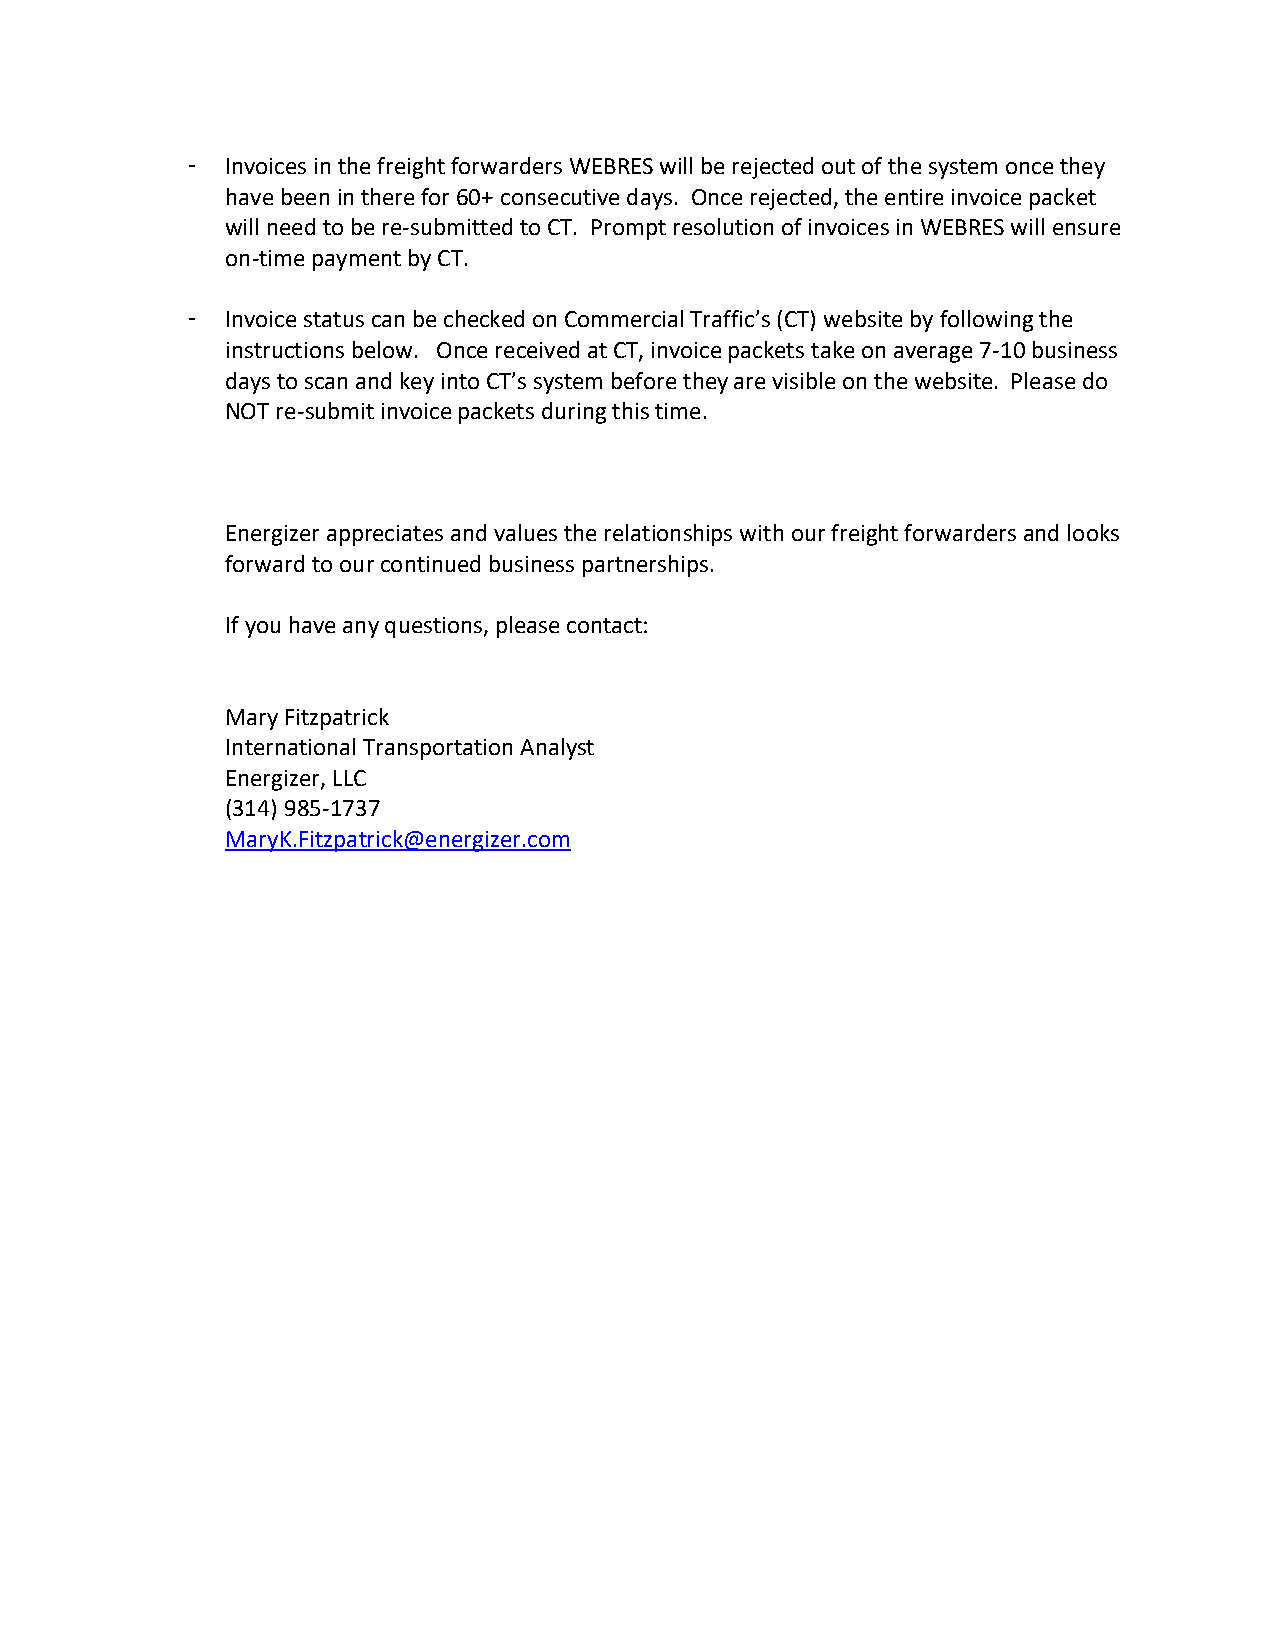
-  Invoices in the freight forwarders WEBRES will be rejected out of the system once they
 have been in there for 60+ consecutive days. Once rejected, the entire invoice packet
 will need to be re-submitted to CT. Prompt resolution of invoices in WEBRES will ensure
 on-time payment by CT.
 -  Invoice status can be checked on Commercial Traffic’s (CT) website by following the
 instructions below. Once received at CT, invoice packets take on average 7-10 business
 days to scan and key into CT’s system before they are visible on the website. Please do
 NOT re-submit invoice packets during this time.
 Energizer appreciates and values the relationships with our freight forwarders and looks
 forward to our continued business partnerships.
 If you have any questions, please contact:
 Mary Fitzpatrick
 International Transportation Analyst
 Energizer, LLC
 (314) 985-1737
 MaryK.Fitzpatrick@energizer.com